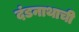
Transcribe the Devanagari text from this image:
दंडनाथाची